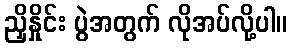
ညှိနှိုင်း ပွဲအတွက် လိုအပ်လို့ပါ။